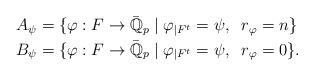
LaTeX: \begin{align*}\begin{aligned} A_\psi &= \{\varphi: F \rightarrow \bar{\mathbb{Q}}_p \;|\; \varphi_{|F^{t}} = \psi, \; \; r_{\varphi} = n \}\\B_{\psi} &= \{\varphi: F \rightarrow \bar{\mathbb{Q}}_p \;|\; \varphi_{|F^{t}} = \psi, \; \; r_{\varphi} = 0 \}.\end{aligned}\end{align*}